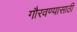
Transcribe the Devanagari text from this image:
गौरवण्यासाठी